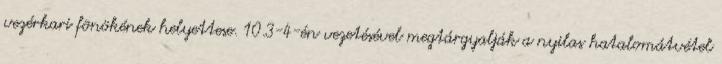
vezérkari fõnökének helyettese. 10.3-4-én vezetésével megtárgyalják a nyilas hatalomátvétel